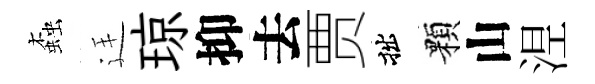
螙廷琼抑去贾拙顆山𣵀